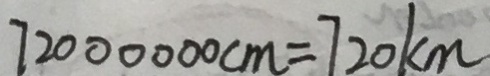
7 2 0 0 0 0 0 0 c m = 7 2 0 k m